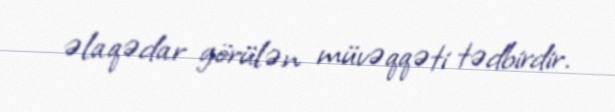
əlaqədar görülən müvəqqəti tədbirdir.